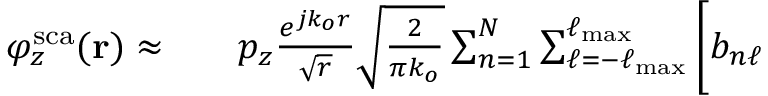
\begin{array} { r l r } { \varphi _ { z } ^ { \mathrm { s c a } } ( \mathbf { r } ) \approx } & { { } } & { p _ { z } \frac { e ^ { j k _ { o } r } } { \sqrt { r } } \sqrt { \frac { 2 } { \pi k _ { o } } } \sum _ { n = 1 } ^ { N } \sum _ { \ell = - \ell _ { \mathrm { m a x } } } ^ { \ell _ { \mathrm { m a x } } } \bigg [ b _ { n \ell } } \end{array}